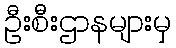
ဦးစီးဌာနများမှ